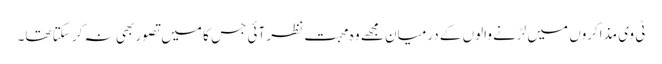
ٹی وی مذاکروں میں لڑنے والوں کے درمیان مجھے وہ محبت نظر آئی جس کا میں تصور بھی نہ کر سکتا تھا۔